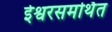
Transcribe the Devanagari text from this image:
ईश्वरसमर्थित